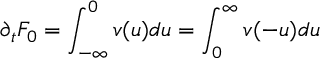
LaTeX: \partial _ { t } F _ { 0 } = \int _ { - \infty } ^ { 0 } v ( u ) d u = \int _ { 0 } ^ { \infty } v ( - u ) d u